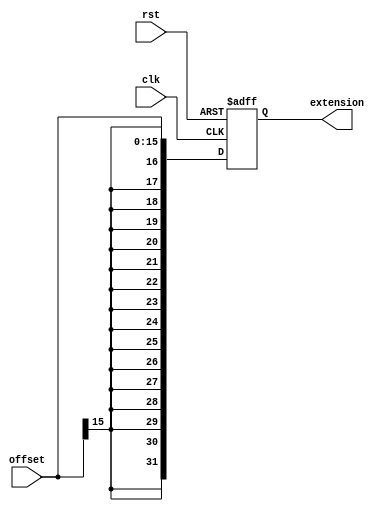
`timescale 1ns / 1ps
////////////////////////////////////////////
// Module Name:    sign_extended 
// Description:  Extiende a 32 bits 
//					Un numero negativo inmediato
////////////////////////////////////////////
module sign_extended(
	 input clk,
	 input rst,
    input [15:0] offset,
    output reg[31:0] extension
    );
	 
	 always @(posedge clk or posedge rst) begin
		if (rst == 1) extension <= 0;
		else extension <= {{16{offset[15]}},offset};
	 end
	 
endmodule